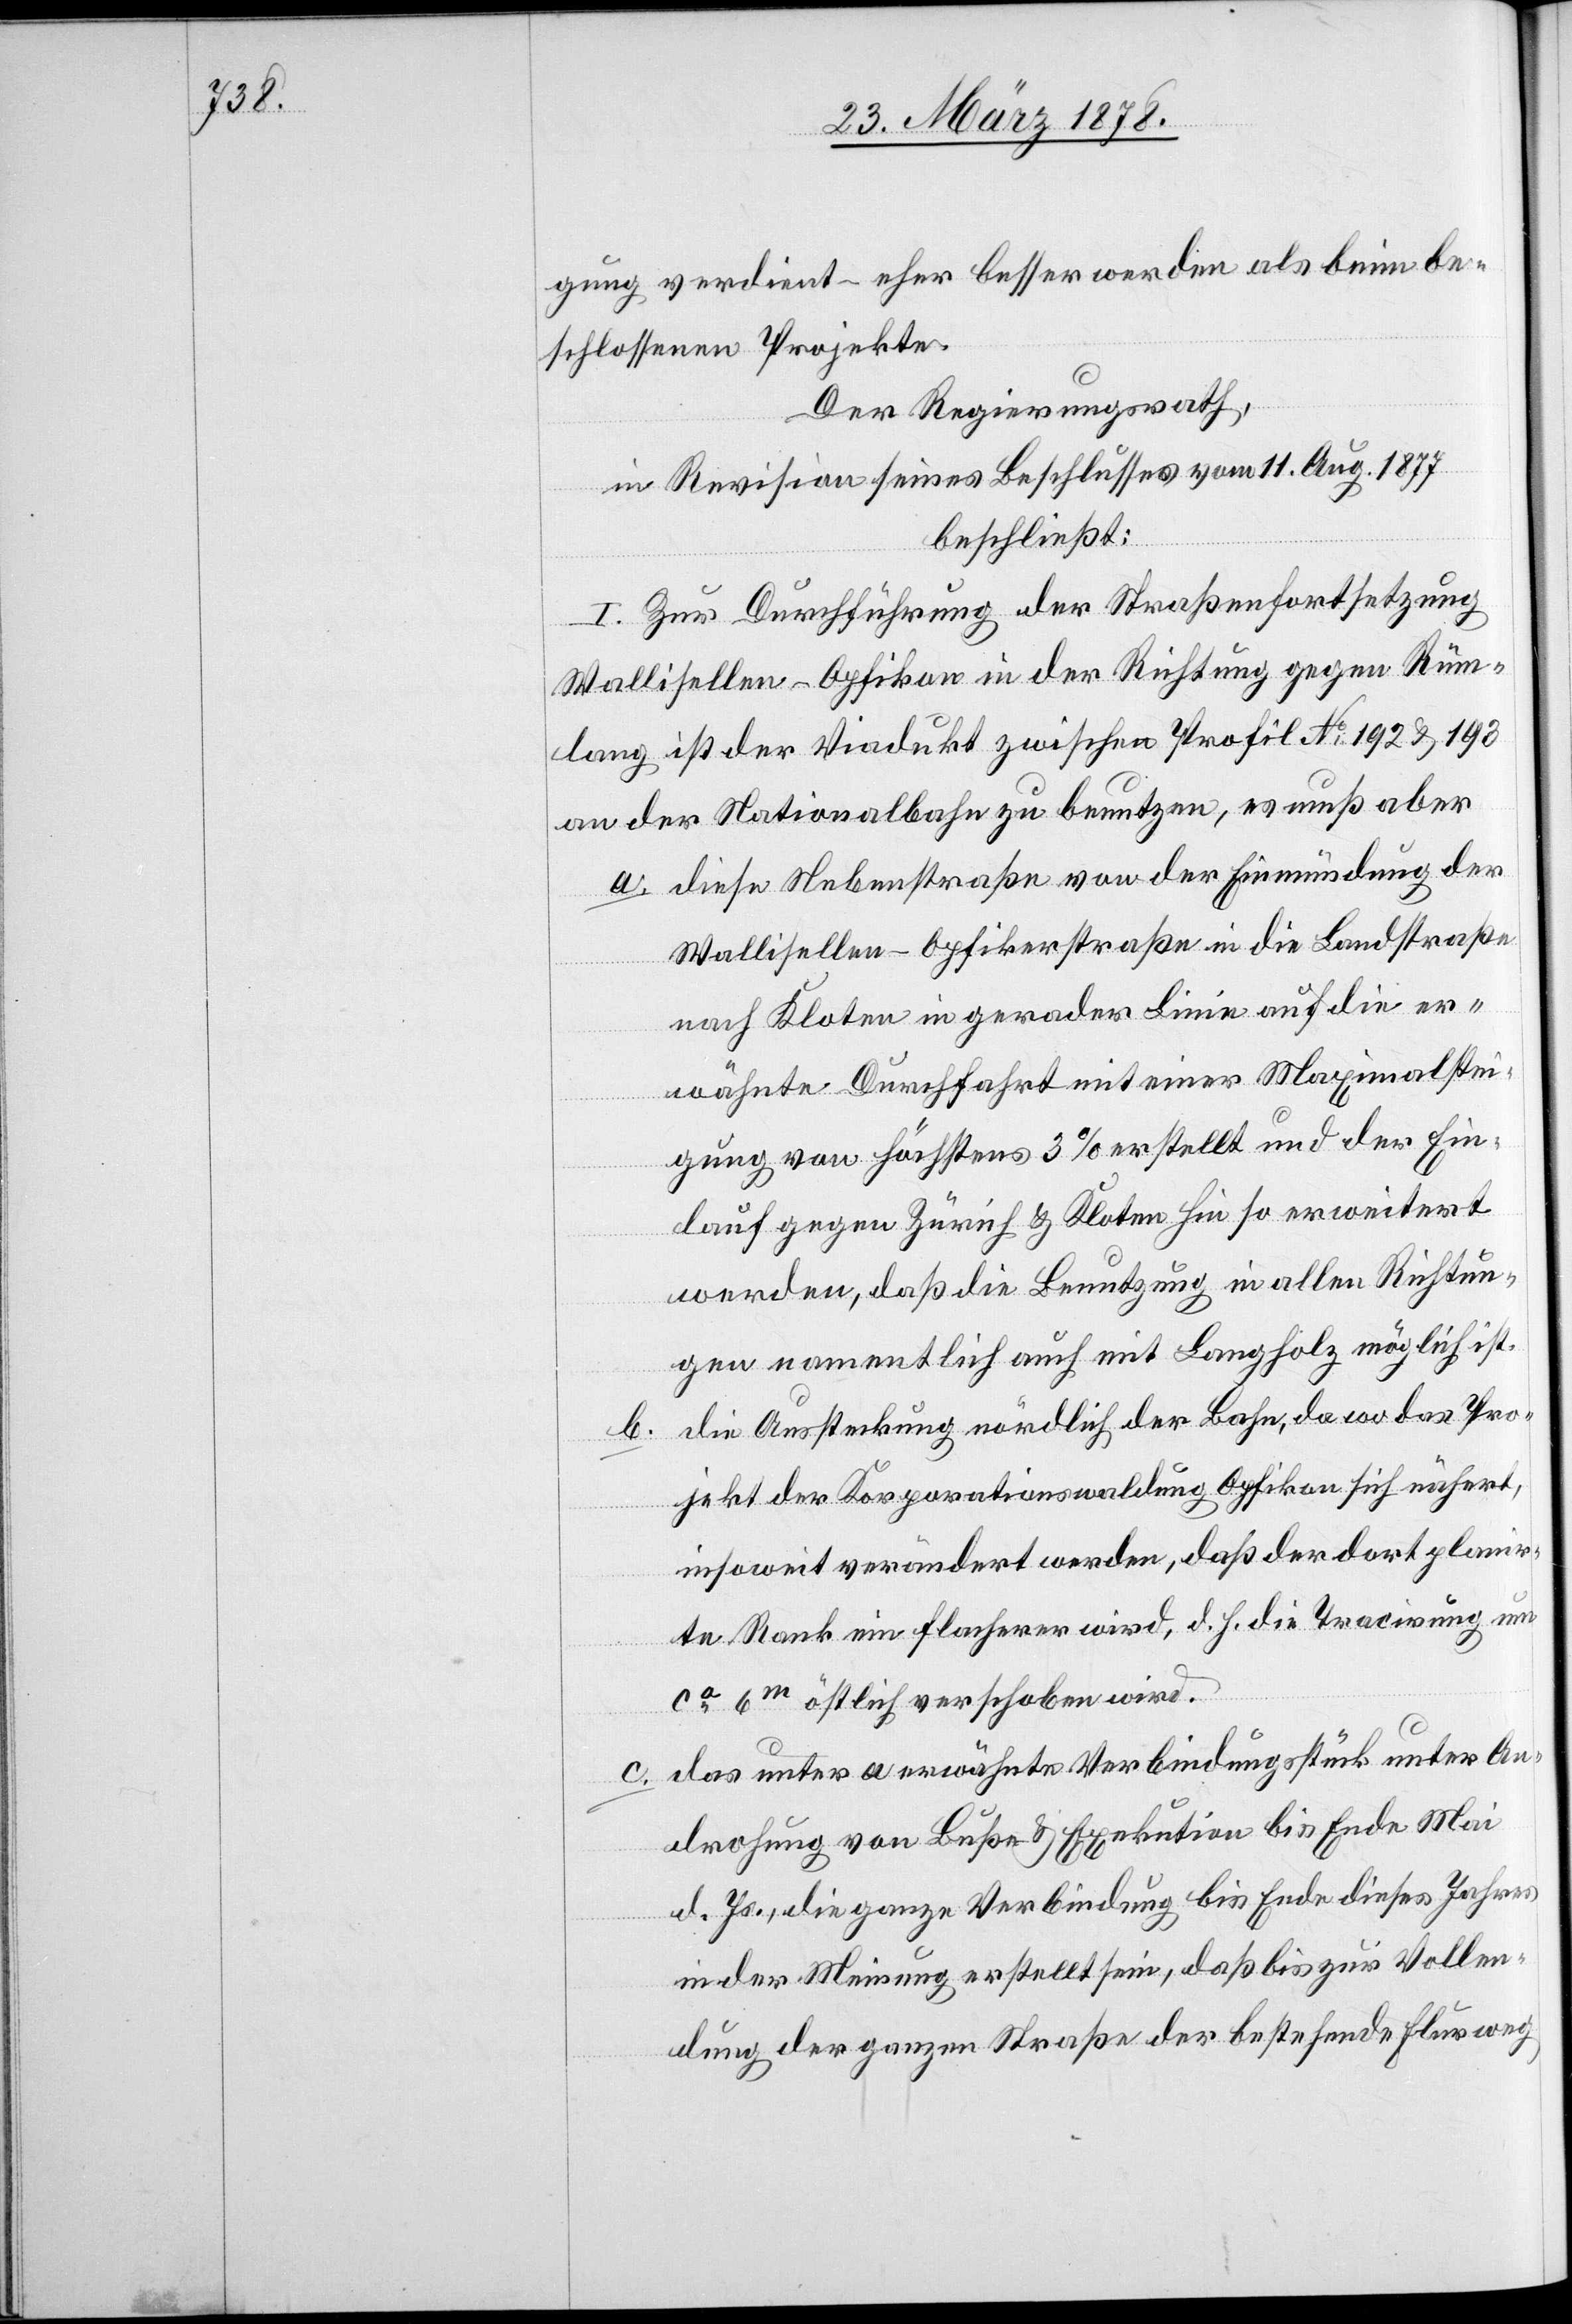
gung verdient – eher besser werden als beim be¬
schlossenen Projekte.
Der Regierungsrath,
in Revision seines Beschlusses vom 11. Aug. 1877
beschließt:
I. Zur Durchführung der Straßenfortsetzung
Wallisellen–Opfikon in der Richtung gegen Rüm¬
lang ist der Viadukt zwischen Profil No 192 & 193
an der Nationalbahn zu benutzen, es muß aber
diese Nebenstraße von der Einmündung der
Wallisellen–Opfikerstraße in die Landstraße
nach Kloten in gerader Linie auf die er¬
wähnte Durchfahrt mit einer Maximalstei¬
gung von höchstens 3% erstellt und der Ein¬
lauf gegen Zürich & Kloten hin so erweitert
werden, daß die Benutzung in alle Richtun¬
gen namentlich auch mit Langholz möglich ist.
die Aussteckung nördlich der Bahn, da wo das Pro¬
b.
jekt der Korporationswaldung Opfikon sich nähert,
insoweit verändert werden, daß der dort planir¬
te Rank ein flacherer wird, d. h. die Tracirung um
ca 6m östlich verschoben wird.
das unter a erwähnte Verbindungsstück unter An¬
drohung von Buße & Exekution bis Ende Mai
d. Js., die ganze Verbindung bis Ende dieses Jahres
in der Meinung erstellt sein, daß bis zur Vollen¬
dung der ganzen Straße der bestehende Flurweg